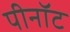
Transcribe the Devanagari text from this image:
पीनॉट